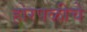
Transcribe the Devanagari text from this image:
होरपळीचे